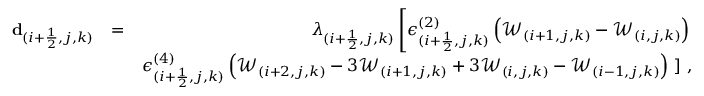
\begin{array} { r l r } { \mathbf { d } _ { ( i + \frac { 1 } { 2 } , j , k ) } } & { = } & { \lambda _ { ( i + \frac { 1 } { 2 } , j , k ) } \left[ \epsilon _ { ( i + \frac { 1 } { 2 } , j , k ) } ^ { ( 2 ) } \left( \mathcal { W } _ { ( i + 1 , j , k ) } - \mathcal { W } _ { ( i , j , k ) } \right) \right. } \\ & { } & { \epsilon _ { ( i + \frac { 1 } { 2 } , j , k ) } ^ { ( 4 ) } \left( \mathcal { W } _ { ( i + 2 , j , k ) } - 3 \mathcal { W } _ { ( i + 1 , j , k ) } + 3 \mathcal { W } _ { ( i , j , k ) } - \mathcal { W } _ { ( i - 1 , j , k ) } \right) \left. \right] \, \mathrm { , } } \end{array}